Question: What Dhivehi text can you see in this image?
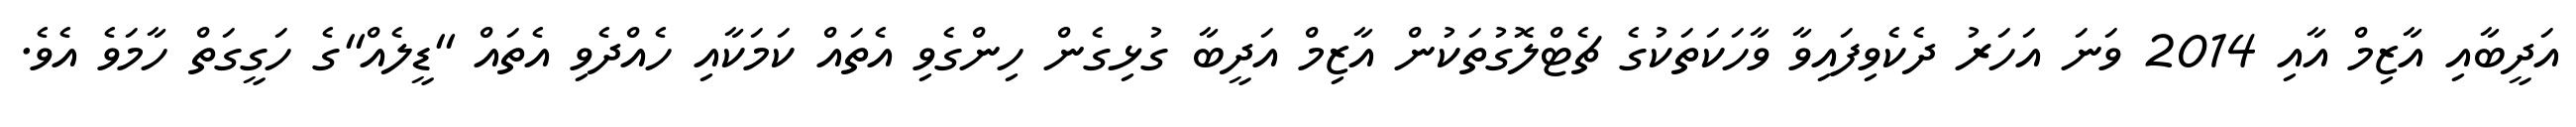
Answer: އަދީބާއި އާޒިމް އާއި 2014 ވަނަ އަހަރު ދެކެވިފައިވާ ވާހަކަތަކުގެ ޗެޓްލޮގުތަކުން އާޒިމް އަދީބާ ގުޅިގެން ހިންގެވި އެތައް ކަމަކާއި ހެއްދެވި އެތައް "ޑީލެއް"ގެ ހަގީގަތް ހާމަވެ އެވެ.